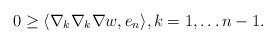
LaTeX: \begin{align*}0 \geq \langle \nabla_k\nabla_k \nabla w, e_n\rangle, k=1,\ldots n-1.\end{align*}